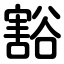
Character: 豁